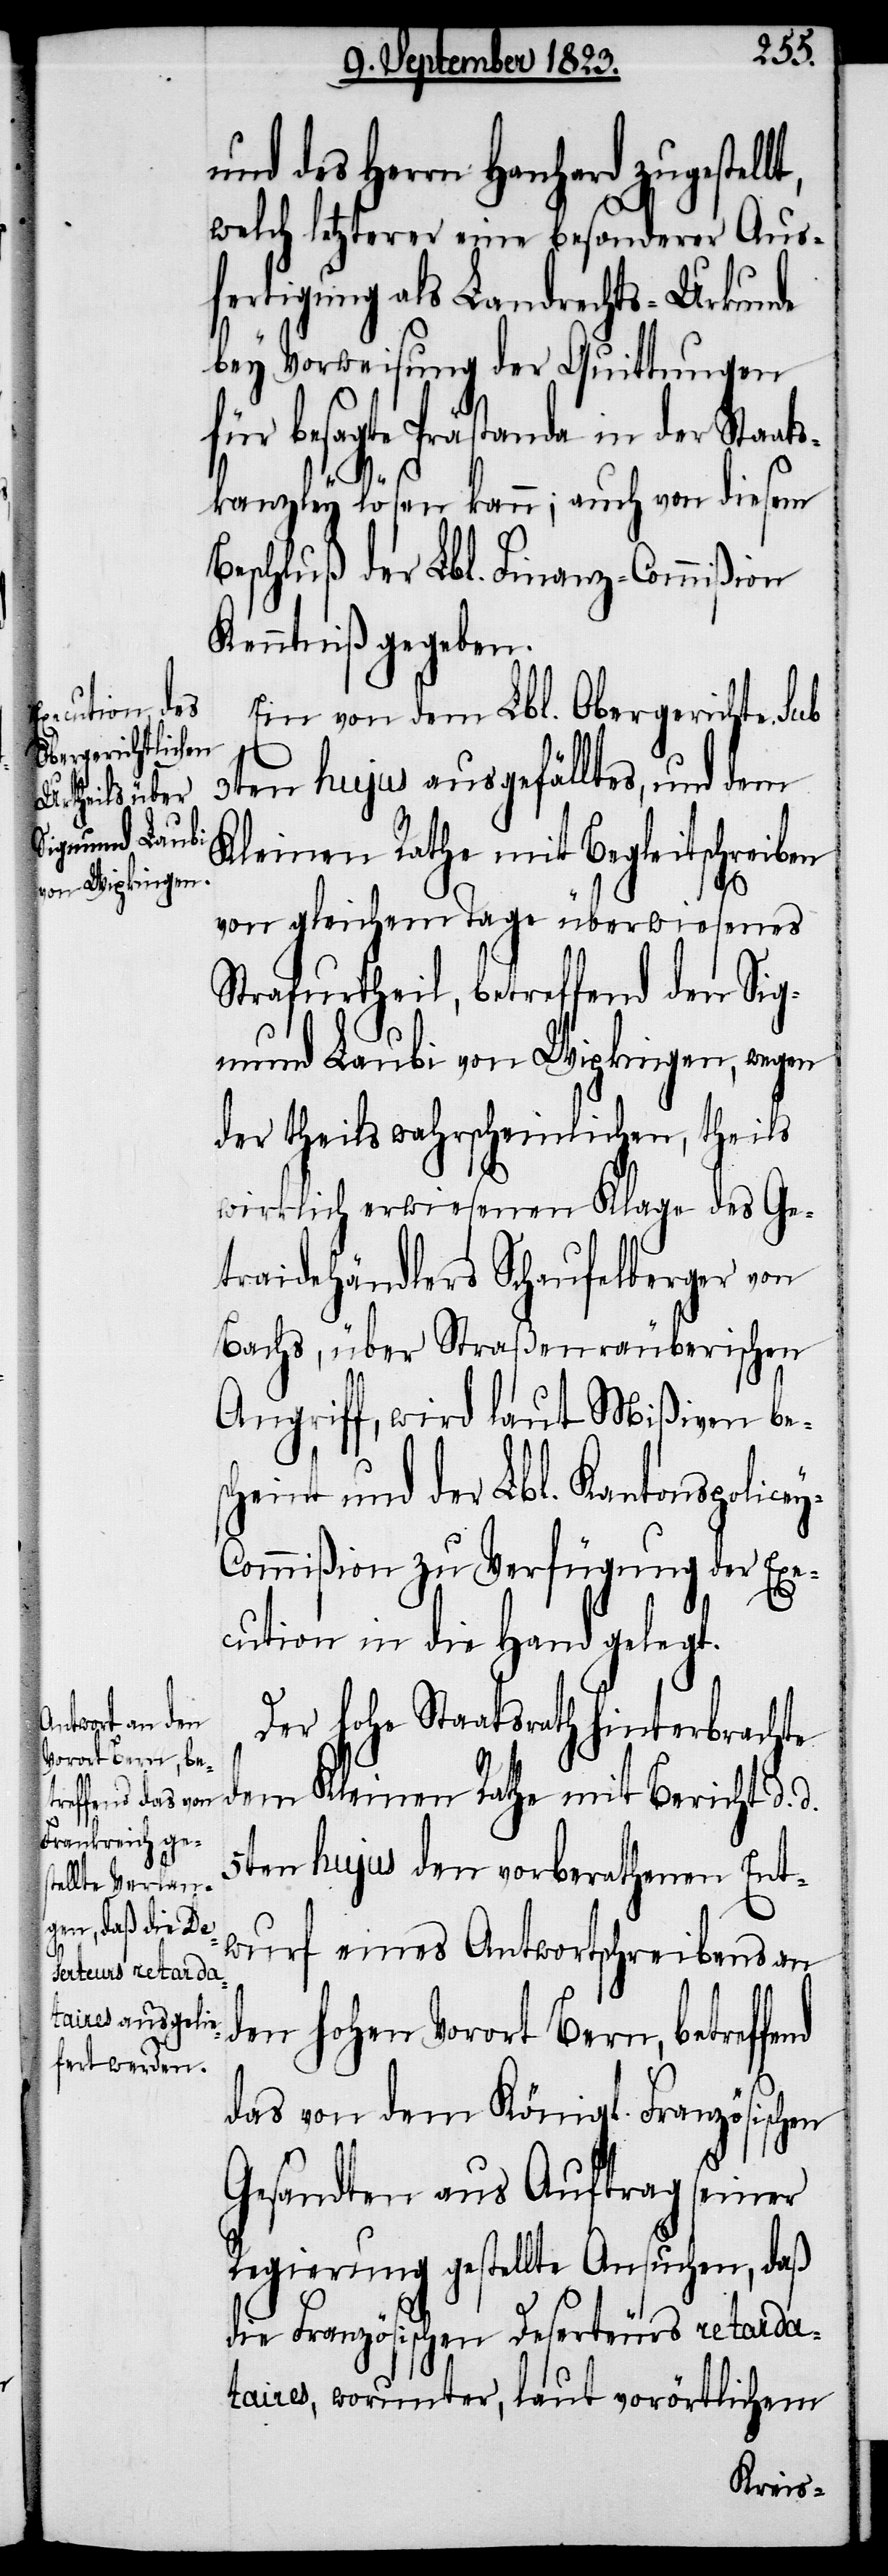
nd

und des Herrn Hanhard zugestel¬
welch letzterer eine besonderer Aus¬
fertigung als Landrechts-Urkunde
bey Vorweisung der Quittungen
für besagte Prästanda in der Staa¬
tskanzley lösen kann; auch von diesem
Beschluß der Lbl. Finanz-Commißion
Kenntniß gegeben.
Ein von dem Lbl. Obergerichte sub
3ten hujus ausgefälltes, und dem
Kleinen Rathe mit Begleitschreiben
von gleichem Tage überwiesenes
Strafurtheil, betreffend den Sig¬
mund Laubi von Wipkingen, wegen
der theils wahrscheinlichen, theils
wirklich erwiesenen Klage des Ge¬
traidehändlers Schaufelberger von
Bachs, über Straßenräuberischen
Angriff, wird laut Mißiven bes¬
cheint und der Lbl. Kantonspolice¬
y-Commißion zu Verfügung der Exe¬
cution in die Hand gelegt.
Der hohe Staatsrath hinterbrachte
dem Kleinen Rathe mit Bericht d.
5ten hujus den vorberathenen Ent¬
wurf eines Antwortschreibens an
den hohen Vorort Bern, betreffe¬
das von dem Königl. Französischen
Gesandten aus Auftrag seiner
Regierung gestellte Ansuchen, daß
die Französischen Deserteurs retarda¬
taires, worunter, laut vorörtlichem